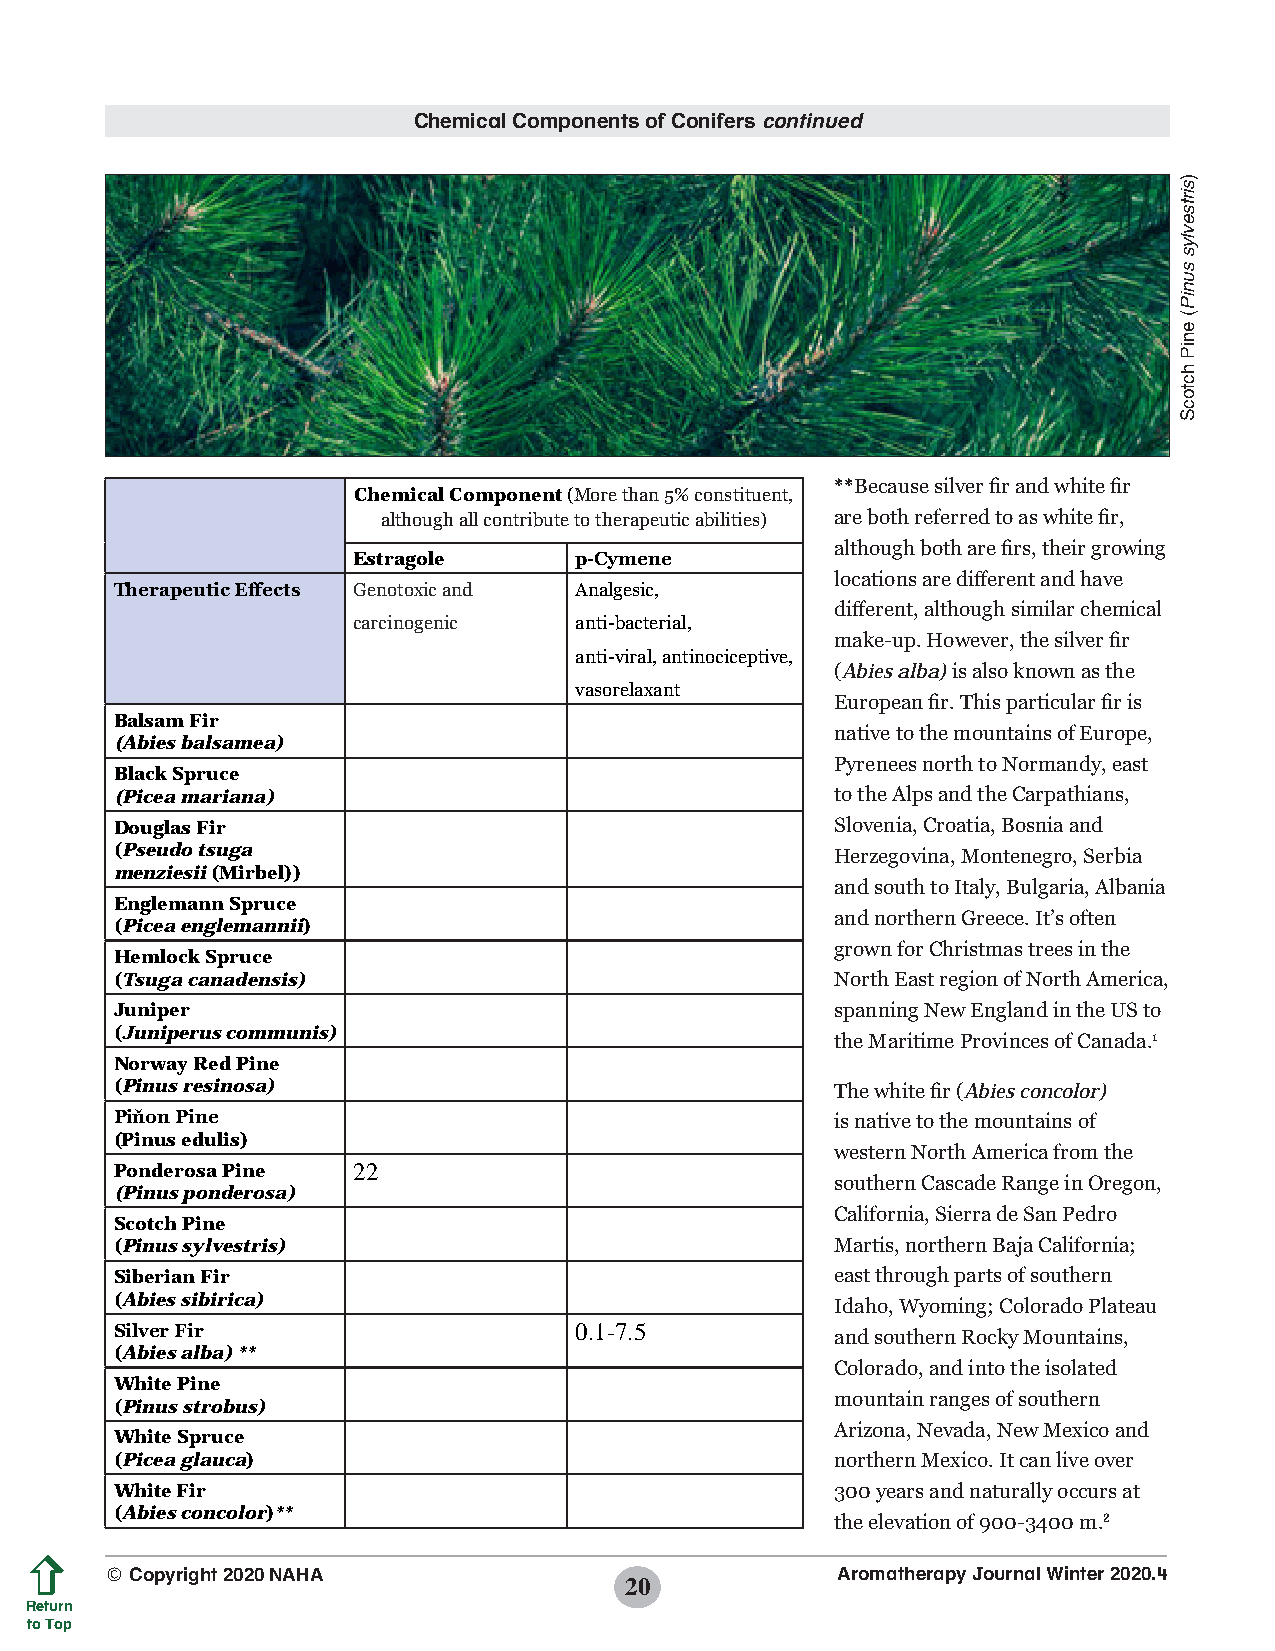
Chemical Components of Conifers continued
 **Because silver fir and white fir
 Chemical Component (More than 5% constituent,
 although all contribute to therapeutic abilities) are both referred to as white fir,
 although both are firs, their growing
 Estragole      p-Cymene
 locations are different and have
 Therapeutic Effects Genotoxic and Analgesic,
 different, although similar chemical
 carcinogenic   anti-bacterial,
 make-up. However, the silver fir
 anti-viral, antinociceptive,
 (Abies alba) is also known as the
 vasorelaxant
 European fir. This particular fir is
 Balsam Fir
 native to the mountains of Europe,
 (Abies balsamea)
 Pyrenees north to Normandy, east
 Black Spruce
 (Picea mariana)                                to the Alps and the Carpathians,
 Douglas Fir                                    Slovenia, Croatia, Bosnia and
 (Pseudo tsuga                                  Herzegovina, Montenegro, Serbia
 menziesii (Mirbel))
 and south to Italy, Bulgaria, Albania
 Englemann Spruce
 and northern Greece. It’s often
 (Picea englemannii)
 grown for Christmas trees in the
 Hemlock Spruce
 (Tsuga canadensis)                             North East region of North America,
 Juniper                                        spanning New England in the US to
 (Juniperus communis)
 the Maritime Provinces of Canada.1
 Norway Red Pine
 (Pinus resinosa)                               The white fir (Abies concolor)
 Piňon Pine                                     is native to the mountains of
 (Pinus edulis)
 western North America from the
 Ponderosa Pine 22
 southern Cascade Range in Oregon,
 (Pinus ponderosa)
 California, Sierra de San Pedro
 Scotch Pine
 (Pinus sylvestris)                             Martis, northern Baja California;
 Siberian Fir                                   east through parts of southern
 (Abies sibirica)                               Idaho, Wyoming; Colorado Plateau
 Silver Fir                    0.1-7.5          and southern Rocky Mountains,
 (Abies alba) **
 Colorado, and into the isolated
 White Pine
 mountain ranges of southern
 (Pinus strobus)
 Arizona, Nevada, New Mexico and
 White Spruce
 (Picea glauca)                                 northern Mexico. It can live over
 White Fir                                      300 years and naturally occurs at
 (Abies concolor)**
 the elevation of 900-3400 m.2
 © Copyright 2020 NAHA                           Aromatherapy Journal Winter 2020.4
 20
 Return
 to Top
 
 )sirtsevlys
 suniP(
 eniP
 hctocS